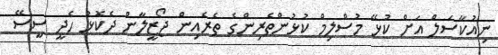
ނިއުކާސަލް އަށް ކުޅޭ މުސްލިމް ކުޅުންތެރިންގެ ތެރެއިން ޖޯޒީލާން ދެކޮޅު ހެދީ ސީސޭ